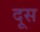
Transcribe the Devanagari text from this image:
दूस